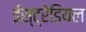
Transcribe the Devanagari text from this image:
ईस्ट्रेडियल